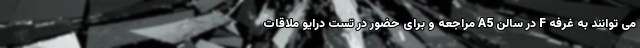
می توانند به غرفه F در سالن A5 مراجعه و برای حضور در تست درایو ملاقات